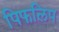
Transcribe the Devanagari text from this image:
पिफलिप